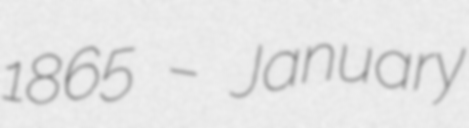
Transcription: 1865 – January